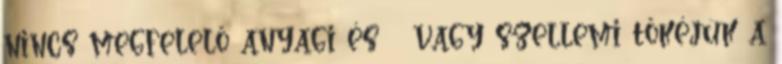
nincs megfelelő anyagi és vagy szellemi tőkéjük a